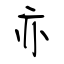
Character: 亦